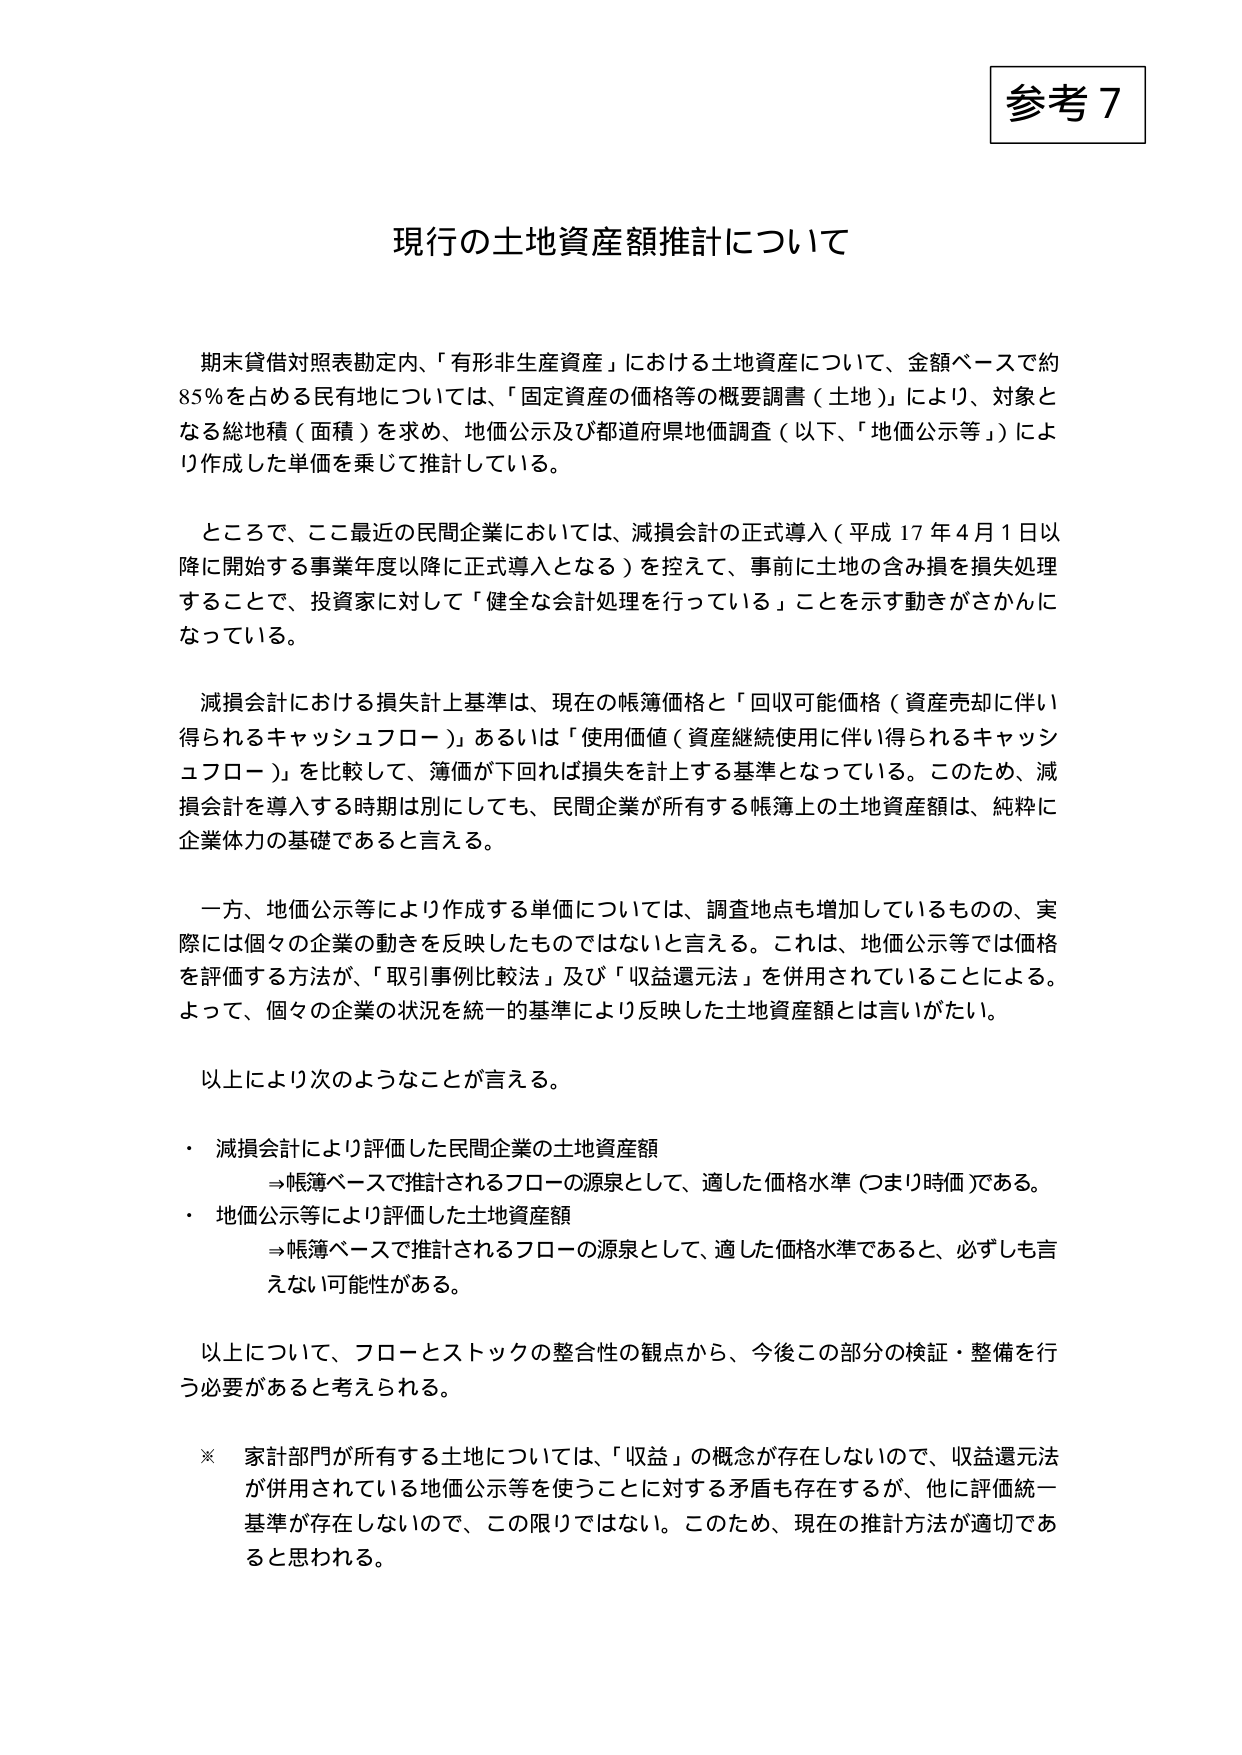
参考７

現行の土地資産額推計について

期末貸借対照表勘定内、「有形非生産資産」における土地資産について、金額ベースで約85％を占める民有地については、「固定資産の価格等の概要調査（土地）」により、対象となる総地積（面積）を求め、地価公示及び都道府県地価調査（以下、「地価公示等」）により作成した単価を乗じて推計している。

ところで、ここ最近の民間企業においては、減損会計の正式導入（平成17年4月1日以降に開始する事業年度以降に正式導入となる）を控えて、事前に土地の含み損を損失処理することで、投資家に対して「健全な会計処理を行っている」ことを示す動きがさかんになっている。

減損会計における損失計上基準は、現在の帳簿価格と「回収可能価格（資産売却に伴い得られるキャッシュフロー）」あるいは「使用価値（資産継続使用に伴い得られるキャッシュフロー）」を比較して、簿価が下回れば損失を計上する基準となっている。このため、減損会計を導入する時期は別にしても、民間企業が所有する帳簿上の土地資産額は、純粋に企業体力の基礎であると言える。

一方、地価公示等により作成する単価については、調査地点も増加しているものの、実際には個々の企業の動きを反映したものではないと言える。これは、地価公示等では価格を評価する方法が、「取引事例比較法」及び「収益還元法」を併用されていることによる。よって、個々の企業の状況を統一的基準により反映した土地資産額とは言いがたい。

以上により次のようなことが言える。

・ 減損会計により評価した民間企業の土地資産額
　⇒帳簿ベースで推計されるフローの源泉として、適した価格水準（つまり時価）である。

・ 地価公示等により評価した土地資産額
　⇒帳簿ベースで推計されるフローの源泉として、適した価格水準であると、必ずしも言えない可能性がある。

以上について、フローとストックの整合性の観点から、今後この部分の検証・整備を行う必要があると考えられる。

※ 家計部門が所有する土地については、「収益」の概念が存在しないので、収益還元法が併用されている地価公示等を使うことに対する矛盾も存在するが、他に評価統一基準が存在しないので、この限りではない。このため、現在の推計方法が適切であると思われる。